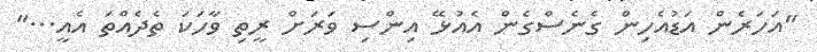
''އަހަރެން އަޑުއެހިން ގެނެސްގެން އެއުޅޭ އިންސި ވަރަށް ރީތި ވާހަކަ ތެދެއްތަ އެއީ...''